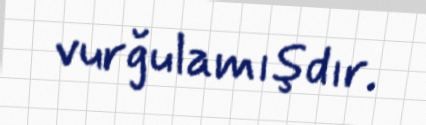
vurğulamışdır.